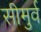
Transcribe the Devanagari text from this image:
सीमुर्व